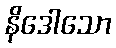
နိဒေါသော